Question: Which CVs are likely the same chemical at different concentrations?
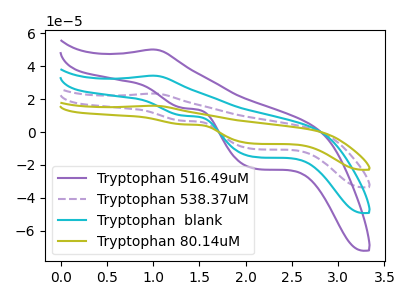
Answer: <think>The purple curve "Tryptophan 516.49uM" has an anodic peak at (1.00V, 50.15uA) and cathodic peaks at (1.35V, 14.55uA) (2.10V, -22.35uA). The purple dashed curve "Tryptophan 538.37uM" has an anodic peak at (1.00V, 68.45uA) and cathodic peaks at (1.35V, 19.90uA) (2.10V, -30.50uA). The cyan curve "Tryptophan  blank" has an anodic peak at (1.00V, 34.25uA) and cathodic peaks at (1.35V, 9.95uA) (2.10V, -15.25uA). The olive curve "Tryptophan 80.14uM" has an anodic peak at (1.00V, 102.70uA) and cathodic peaks at (1.35V, 29.80uA) (2.10V, -45.75uA).
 All the peaks in "Tryptophan 516.49uM" have a peak in "Tryptophan 538.37uM" at the same potential. All the peaks in "Tryptophan 516.49uM" have a peak in "Tryptophan  blank" at the same potential. All the peaks in "Tryptophan 516.49uM" have a peak in "Tryptophan 80.14uM" at the same potential. All the peaks in "Tryptophan 538.37uM" have a peak in "Tryptophan  blank" at the same potential. All the peaks in "Tryptophan 538.37uM" have a peak in "Tryptophan 80.14uM" at the same potential. All the peaks in "Tryptophan  blank" have a peak in "Tryptophan 80.14uM" at the same potential.</think>
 <answer>"Tryptophan 516.49uM", "Tryptophan 538.37uM", "Tryptophan  blank" and "Tryptophan 80.14uM" have the same shape and are likely CV's of the same chemical.</answer>
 <eval>"Tryptophan 516.49uM" "Tryptophan 538.37uM" "Tryptophan  blank" "Tryptophan 80.14uM"</eval>